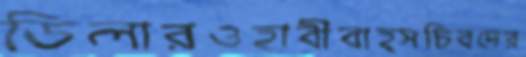
ডিলারওহাবীবাহ্সচিবদের